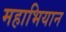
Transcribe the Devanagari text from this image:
महाभियान